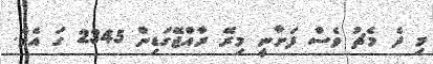
މި ދެ މެޗު ވެސް ފަށާނީ މިރޭ ރާއްޖޭގަޑިން 2345 ގަ އެވެ.